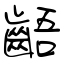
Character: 齬